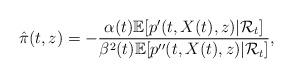
LaTeX: \begin{align*}\hat{\pi}(t,z)=-\frac{\alpha(t)\mathbb{E}[p'(t,X(t),z)|\mathcal{R}_t]}{\beta^2(t)\mathbb{E}[p''(t,X(t),z)|\mathcal{R}_t]},\end{align*}